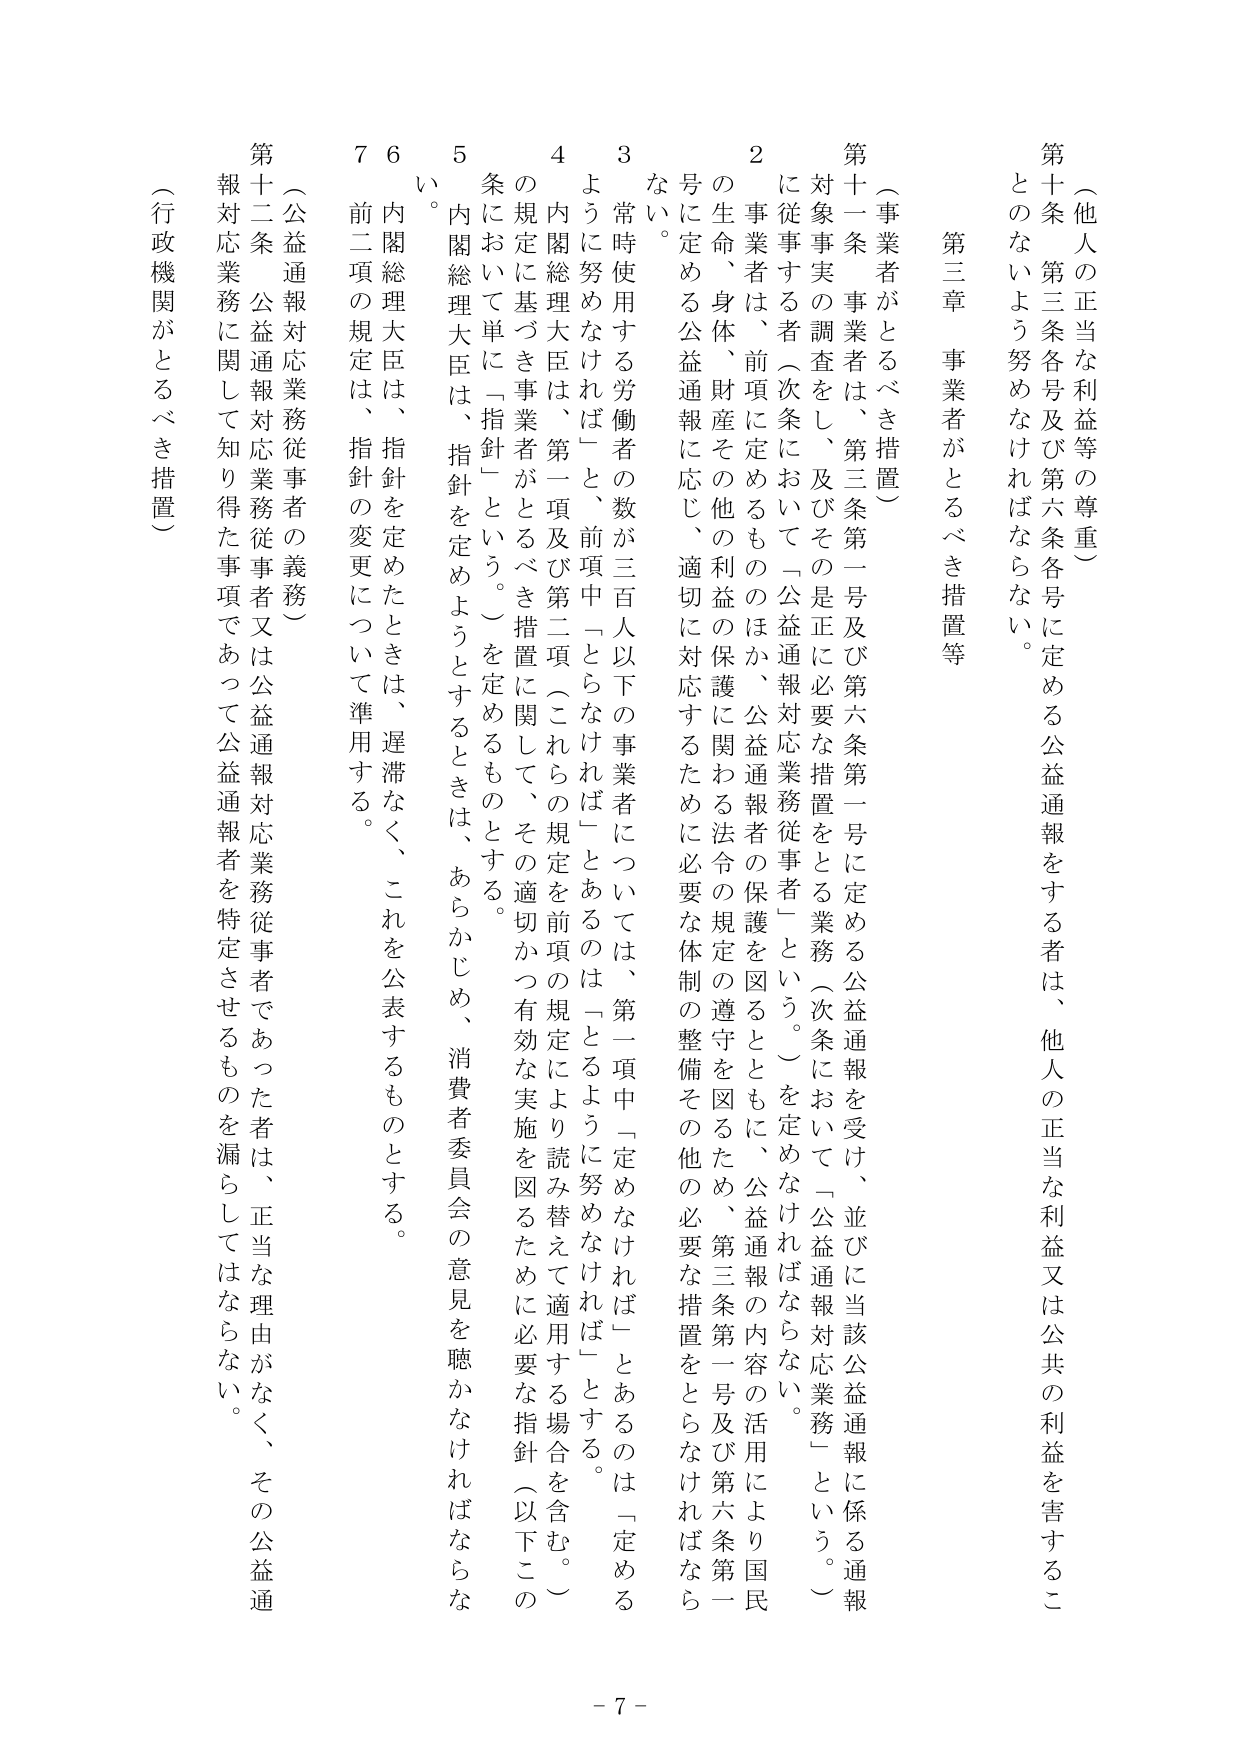
（他人の正当な利益等の尊重）

第十条 第三条各号及び第六条各号に定める公益通報をする者は、他人の正当な利益又は公共の利益を害するこ
とのないよう努めなければならない。

第三章 事業者がとるべき措置等

（事業者がとるべき措置）

第十一条 事業者は、第三条第一号及び第六条第一号に定める公益通報を受け、並びに当該公益通報に係る通報
対象事実の調査をし、及びその是正に必要な措置をとる業務（次条において「公益通報対応業務」という。）
に従事する者（次条において「公益通報対応業務従事者」という。）を定めなければならない。

２ 事業者は、前項に定めるもののほか、公益通報者の保護を図るとともに、公益通報の内容の活用により国民
の生命、身体、財産その他の利益の保護に関わる法令の規定の遵守を図るため、第三条第一号及び第六条第一
号に定める公益通報に応じ、適切に対応するために必要な体制の整備その他の必要な措置をとらなければならない。

３ 常時使用する労働者の数が三百人以下の事業者については、第一項中「定めなければならない」とあるのは「定める
ように努めなければならない」と、前項中「とらなければならない」とあるのは「とるよう努めなければならない」とする。

４ 内閣総理大臣は、第一項及び第二項（これらの規定を前項の規定により読み替えて適用する場合を含む。）
の規定に基づき事業者がとるべき措置に関して、その適切かつ有効な実施を図るために必要な指針（以下この
条において単に「指針」という。）を定めるものとする。

５ 内閣総理大臣は、指針を定めるようとするときは、あらかじめ、消費者委員会の意見を聴かなければならない。

６ 内閣総理大臣は、指針を定めたときは、遅滞なく、これを公表するものとする。

７ 前二項の規定は、指針の変更について準用する。

（公益通報対応業務従事者の義務）

第十二条 公益通報対応業務従事者又は公益通報対応業務従事者であった者は、正当な理由がなく、その公益通
報対応業務に関して知り得た事項であって公益通報者を特定させるものを漏らしてはならない。

（行政機関がとるべき措置）

- 7 -